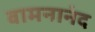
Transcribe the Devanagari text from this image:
वामनानंद